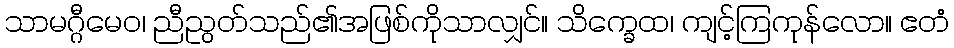
သာမဂ္ဂီမေဝ၊ ညီညွတ်သည်၏အဖြစ်ကိုသာလျှင်။ သိက္ခေထ၊ ကျင့်ကြကုန်လော။ ဧတံ